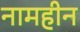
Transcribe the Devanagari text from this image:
नामहीन